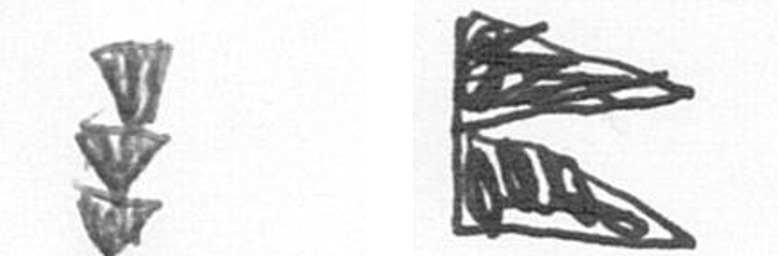
E P